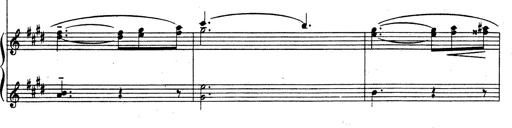
Title: Rhapsodie espagnole
Composer: Franz Liszt